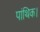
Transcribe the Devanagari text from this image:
पांथिक।